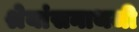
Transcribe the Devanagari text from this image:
श्रेयांसनाथजी